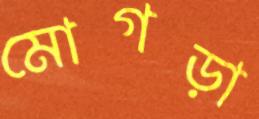
মোগড়া